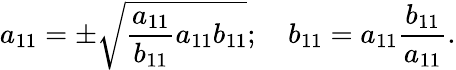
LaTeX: a_{11}=\pm\sqrt{\frac{a_{11}}{b_{11}}a_{11}b_{11}};\quad b_{11}=a_{11}\frac{b_{11}}{a_{11}}.